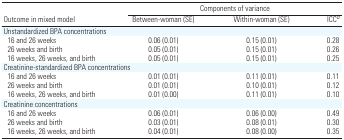
<table><thead><tr><td></td><td colspan="3"><b>Components of variance</b></td></tr><tr><td><b>Outcome in mixed model</b></td><td><b>Between-woman (SE)</b></td><td><b>Within-woman (SE)</b></td><td><b>ICCb</b></td></tr></thead><tbody><tr><td colspan="4">Unstandardized BPA concentrations</td></tr><tr><td> 16 and 26 weeks</td><td>0.06 (0.01)</td><td>0.15 (0.01)</td><td>0.28</td></tr><tr><td> 26 weeks and birth</td><td>0.05 (0.01)</td><td>0.15 (0.01)</td><td>0.26</td></tr><tr><td> 16 weeks, 26 weeks, and birth</td><td>0.05 (0.01)</td><td>0.15 (0.01)</td><td>0.25</td></tr><tr><td colspan="4">Creatinine-standardized BPA concentrations</td></tr><tr><td> 16 and 26 weeks</td><td>0.01 (0.01)</td><td>0.11 (0.01)</td><td>0.11</td></tr><tr><td> 26 weeks and birth</td><td>0.01 (0.01)</td><td>0.10 (0.01)</td><td>0.12</td></tr><tr><td> 16 weeks, 26 weeks, and birth</td><td>0.01 (0.00)</td><td>0.11 (0.01)</td><td>0.10</td></tr><tr><td colspan="4">Creatinine concentrations</td></tr><tr><td> 16 and 26 weeks</td><td>0.06 (0.01)</td><td>0.06 (0.00)</td><td>0.49</td></tr><tr><td> 26 weeks and birth</td><td>0.03 (0.01)</td><td>0.08 (0.01)</td><td>0.30</td></tr><tr><td> 16 weeks, 26 weeks, and birth</td><td>0.04 (0.01)</td><td>0.08 (0.00)</td><td>0.35</td></tr></tbody></table>